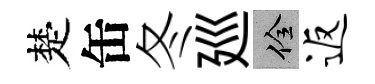
楚缶冬廵佺返